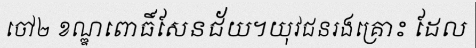
ចៅ២ ខណ្ឌពោធិ៍សែនជ័យ។យុវជនរងគ្រោះ ដែល